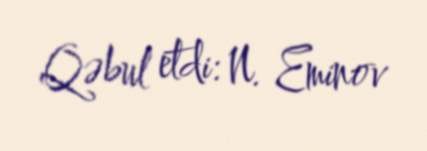
Qəbul etdi: N. Eminov